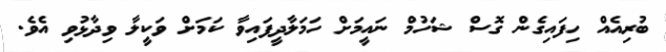
ބުރިއެއް ހިފައިގެން ގޮސް ޝަހުމް ނައީމަށް ހަމަލާދީފައިވާ ކަމަށް ވަކީލާ ވިދާޅުވި އެވެ.